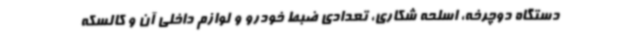
دستگاه دوچرخه، اسلحه شکاری، تعدادی ضبط خودرو و لوازم داخلی آن و کالسکه